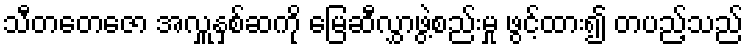
သီတတေဇော အလှူနှစ်ဆကို မြေဆီလွှာဖွဲ့စည်းမှု ဖွင့်ထား၍ တပည့်သည်